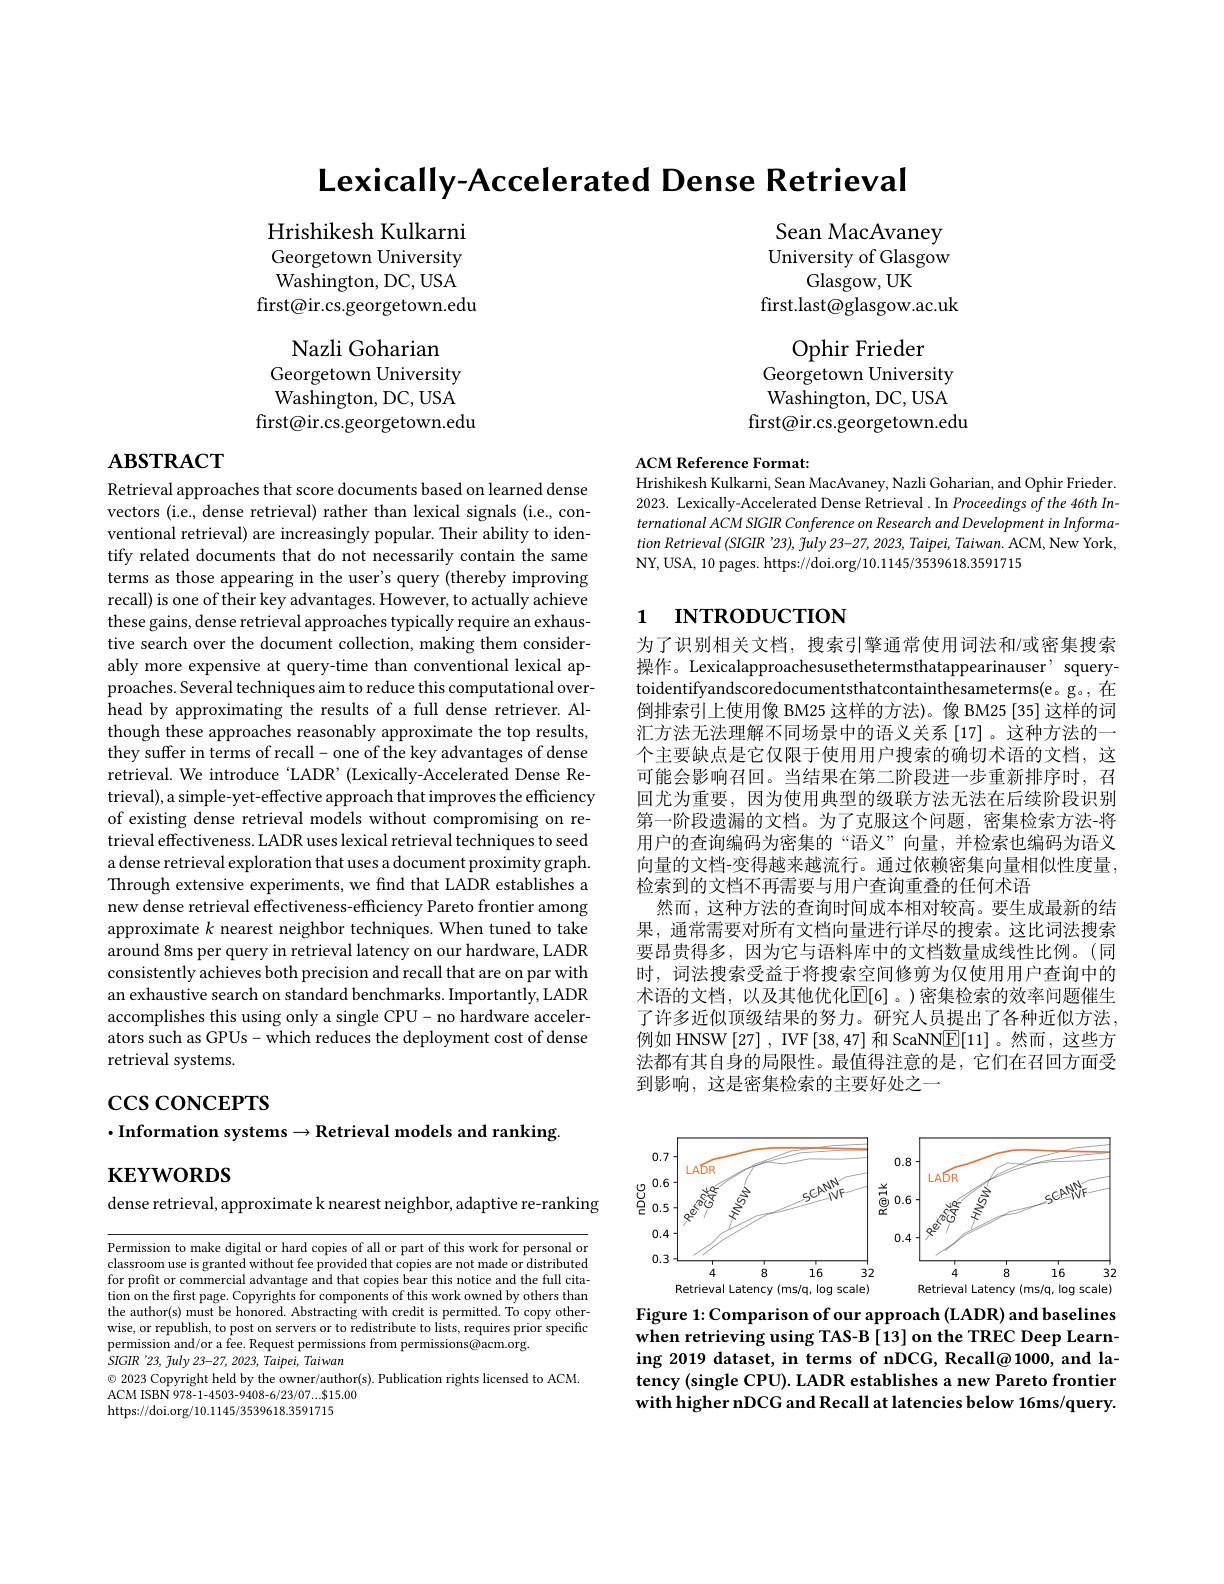
Lexically-Accelerated Dense Retrieval

Hrishikesh Kulkarni Georgetown University Washington, DC, USA
first@ir.cs.georgetown.edu

Sean MacAvaney University of Glasgow
Glasgow, UK
first.last@glasgow.ac.uk

Ophir Frieder
Georgetown University Washington, DC, USA
first@ir.cs.georgetown.edu

Nazli Goharian
Georgetown University Washington, DC, USA
first@ir.cs.georgetown.edu

# $ABSTRACT$

ACM Reference Format:
Hrishikesh Kulkarni, Sean MacAvaney, Nazli Goharian, and Ophir Frieder. 2023. Lexically-Accelerated Dense Retrieval .In Proceedings of the 46th International ACM SIGIR Conference on Research and Development in Information Retrieval (SIGIR '23), fuly 23-27, 2023, Taipei, Taiwan. ACM, New York, NY, USA, 10 pages. https://doi.org/10.1145/3539618.3591715

# 1 INTRODUCTION

Retrieval approaches that score documents based on learned dense vectors (i.e., dense retrieval) rather than lexical signals (i.e., conventional retrieval) are increasingly popular. Their ability to identify related documents that do not necessarily contain the same terms as those appearing in the user's query (thereby improving recall) is one of their key advantages. However, to actually achieve these gains, dense retrieval approaches typically require an exhaustive search over the document collection, making them considerably more expensive at query-time than conventional lexical approaches. Several techniques aim to reduce this computational overhead by approximating the results of a full dense retriever. Although these approaches reasonably approximate the top results, they suffer in terms of recall- one of the key advantages of dense retrieval. We introduce LADR' (Lexically-Accelerated Dense Retrieval), a simple-yet-effective approach that improves the efficiency of existing dense retrieval models without compromising on retrieval effectiveness. LADR uses lexical retrieval techniques to seed a dense retrieval exploration that uses a document proximity graph. Through extensive experiments, we find that LADR establishes a new dense retrieval effectiveness-efficiency Pareto frontier among approximate $k$ nearest neighbor techniques. When tuned to take around 8ms per query in retrieval latency on our hardware, LADR consistently achieves both precision and recall that are on par with an exhaustive search on standard benchmarks. Importantly, LADR accomplishes this using only a single CPU- no hardware accelerators such as GPUs- which reduces the deployment cost of dense retrieval systems.

为了识别相关文档，搜索引擎通常使用词法和/或密集搜索操作。Lexicalapproachesusethetermsthatappearinauser' squerytoidentifyandscoredocumentsthatcontainthesameterms(e。g。, 在倒排索引上使用像 BM25 这样的方法)。像 BM25 [35] 这样的词汇方法无法理解不同场景中的语义关系[17]。这种方法的一个主要缺点是它仅限于使用用户搜索的确切术语的文档，这可能会影响召回。当结果在第二阶段进一步重新排序时，召回尤为重要，因为使用典型的级联方法无法在后续阶段识别第一阶段遗漏的文档。为了克服这个问题，密集检索方法-将用户的查询编码为密集的“语义”向量，并检索也编码为语义向量的文档-变得越来越流行。通过依赖密集向量相似性度量， 检索到的文档不再需要与用户查询重叠的任何术语
然而，这种方法的查询时间成本相对较高。要生成最新的结果，通常需要对所有文档向量进行详尽的搜索。这比词法搜索要昂贵得多，因为它与语料库中的文档数量成线性比例。(同时，词法搜索受益于将搜索空间修剪为仅使用用户查询中的术语的文档，以及其他优化$\mathbb{E}[6]$。)密集检索的效率问题催生了许多近似顶级结果的努力。研究人员提出了各种近似方法， 例如 HNSW [27] , IVF[38,47] 和 ScaNN$\boxed{\mathrm{E}}[11]$ 。然而，这些方法都有其自身的局限性。最值得注意的是，它们在召回方面受到影响，这是密集检索的主要好处之一

$\csc\csc$coNCEPTS

$\cdot$Information systems$\to$Retrieval models and ranking.

$\mathbf{KEYWORDS}$

dense retrieval, approximate k nearest neighbor, adaptive re-ranking

<FigureHere>
Figure 1: Comparison of our approach (LADR) and baselines

Permission to make digital or hard copies of all or part of this work for personal or classroom use is granted without fee provided that copies are not made or distributed for profit or commercial advantage and that copies bear this notice and the full citation on the first page. Copyrights for components of this work owned by others than the author(s) must be honored. Abstracting with credit is permitted. To copy otherwise, or republish, to post on servers or to redistribute to lists, requires prior specific permission and/or a fee. Request permissions from permissions@acm.org.
$\dot{S} IGIR\:^{\prime }23$, $\tilde{f} uly$ 23-27, 2023, $\dot{T} aipei$, Taiwan
$\odot$ 2023 Copyright held by the owner/author(s). Publication rights licensed to ACM.
ACM ISBN 978-1-4503-9408-6/23/07...$15.00
https://doi.org/10.1145/3539618.3591715

when retrieving using TAS-B [13] on the TREC Deep Learning 2019 dataset, in terms of nDCG, Recall@1000, and latency (single CPU). LADR establishes a new Pareto frontier with higher nDCG and Recall at latencies below 16ms/query.